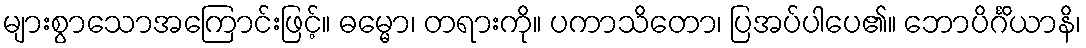
များစွာသောအကြောင်းဖြင့်။ ဓမ္မော၊ တရားကို။ ပကာသိတော၊ ပြအပ်ပါပေ၏။ ဘောပိင်္ဂိယာနိ၊